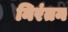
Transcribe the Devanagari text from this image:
निरंतन